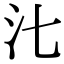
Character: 㲺